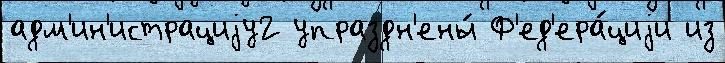
адм'ин'истрациjу2 упраздн'ены́ Ф'ед'ера́циjи из